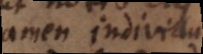
tamen individualia